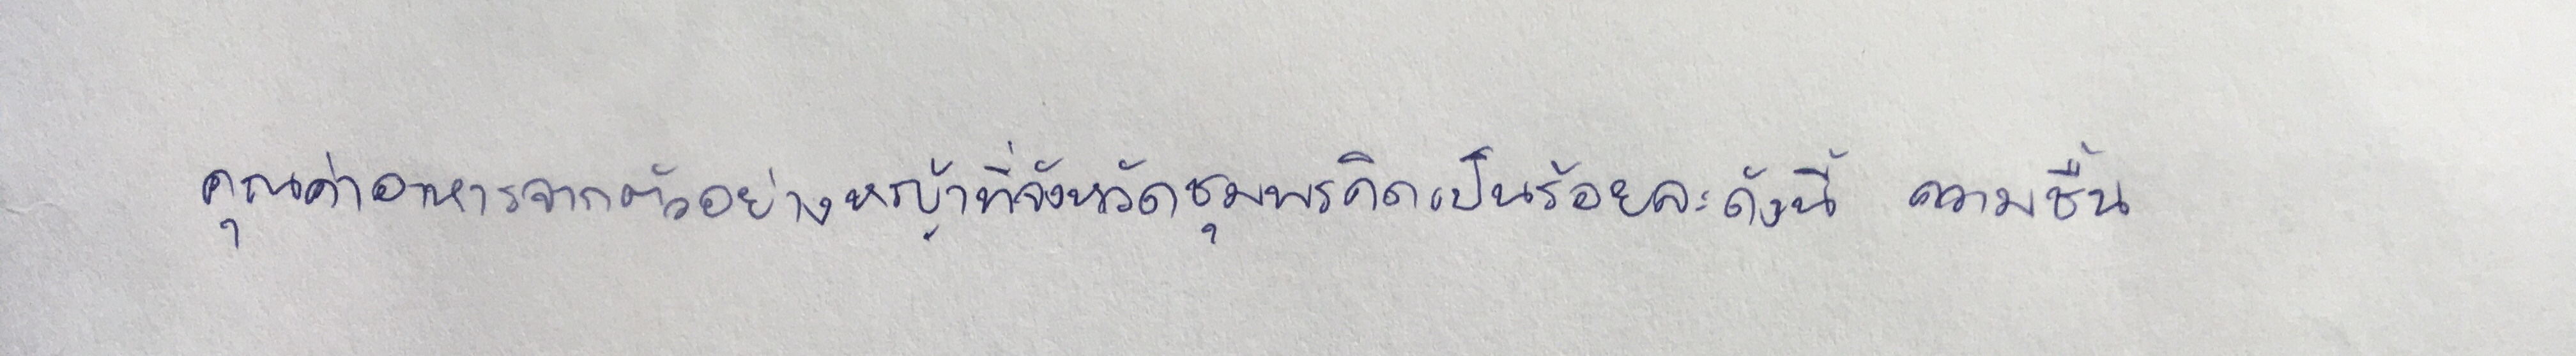
คุณค่าอาหารจากตัวอย่างหญ้าที่จังหวัดชุมพรคิดเป็นร้อยละดังนี้ความชื้น